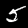
Digit: 5